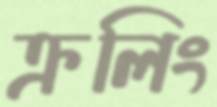
ক্রলিং